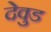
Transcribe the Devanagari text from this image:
देवुड